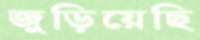
জুড়িয়েছি